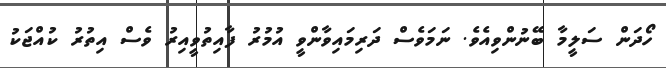
ހޯދަން ސަލީމާ ބޭނުންވިއެވެ. ނަމަވެސް ދަރިމައިވާންވީ އުމުރު ފާއިތުވީއިރު ވެސް އިތުރު ކުއްޖަކު